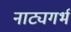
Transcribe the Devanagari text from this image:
नाट्यगर्भ